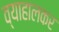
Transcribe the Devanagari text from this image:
व्याहालकर